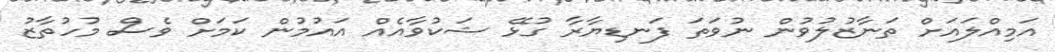
އަމިއްލައަށް ތަނާޒުލުވުން ނުވަތަ ފަނޑިޔާރާ ގުޅޭ ޝަކުވާއެއް އައުމުން ކަމަށް ވެސް މުހުތާޒު